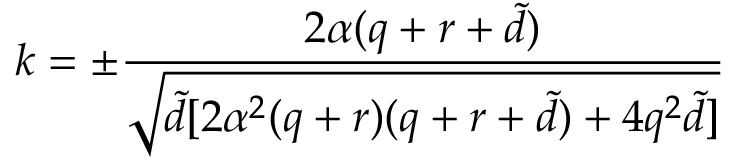
k = \pm \frac { 2 \alpha ( q + r + { \tilde { d } } ) } { \sqrt { { \tilde { d } } [ 2 \alpha ^ { 2 } ( q + r ) ( q + r + { \tilde { d } } ) + 4 q ^ { 2 } { \tilde { d } } ] } }